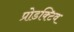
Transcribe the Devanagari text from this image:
प्रोडक्टिव